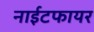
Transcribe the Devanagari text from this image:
नाईटफायर